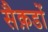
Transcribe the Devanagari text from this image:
सैक़डों